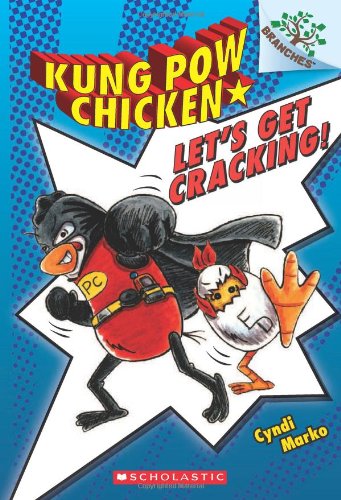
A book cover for Kung Pow Chicken #1: Let's Get Cracking! (A Branches Book); Cyndi Marko; Children's Books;